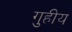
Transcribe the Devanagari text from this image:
गुहीय